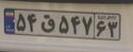
۵۴ق۵۴۷۶۳